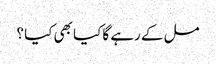
مل کے رہے گا کیا بھی کیا ؟